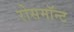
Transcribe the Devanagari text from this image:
रोसमॉन्ट